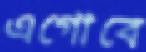
এগোবে